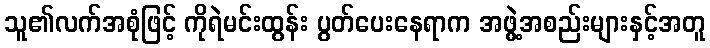
သူ၏လက်အစုံဖြင့် ကိုရဲမင်းထွန်း ပွတ်ပေးနေရာက အဖွဲ့အစည်းများနှင့်အတူ